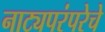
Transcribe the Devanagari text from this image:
नाट्यपरंपरेचे